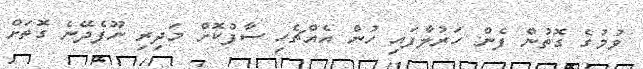
ވުމުގެ ގޮތުން ފެން ހަރުލާފައި ހުން އެއްޗެހި ސާފުކޮށް މަދިރި ނޫފެދޭނެ ގޮތަށް